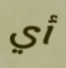
أي